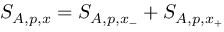
S _ { A , p , x } = S _ { A , p , x _ { - } } + S _ { A , p , x _ { + } }